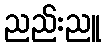
ညည်းညူ